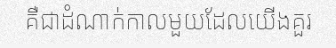
គឺជាដំណាក់កាលមួយដែលយើងគួរ